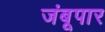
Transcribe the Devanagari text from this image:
जंबूपार